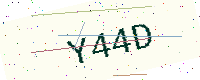
Text: Y44D